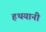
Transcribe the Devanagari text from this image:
हथयानी